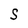
Character: S